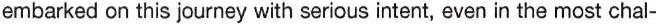
embarked on this journey with serious intent, even in the most chal-